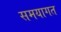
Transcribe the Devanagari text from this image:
समयागत